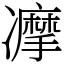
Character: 𠘚